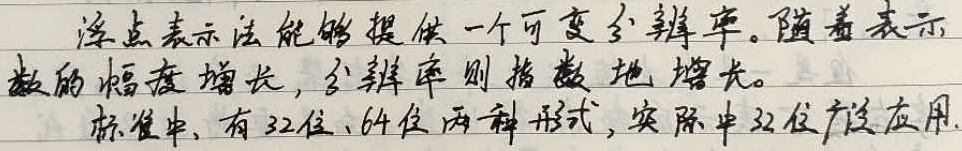
浮点表示法能够提供一个可变分辨率。随着表示数的幅度增长，分辨率则指数地增长。标准中，有32位、64位两种形式，实际中32位广泛应用。